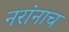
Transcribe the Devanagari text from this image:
नरांनाच